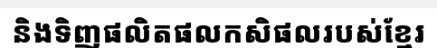
និងទិញផលិតផលកសិផលរបស់ខ្មែរ